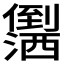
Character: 𪝻